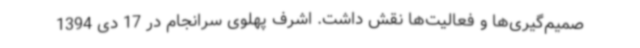
صمیم‌گیری‌ها و فعالیت‌ها نقش داشت. اشرف پهلوی سرانجام در 17 دی 1394